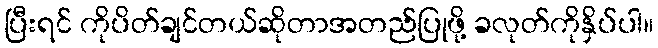
ပြီးရင် ကိုပိတ်ချင်တယ်ဆိုတာအတည်ပြုဖို့ ခလုတ်ကိုနှိပ်ပါ။